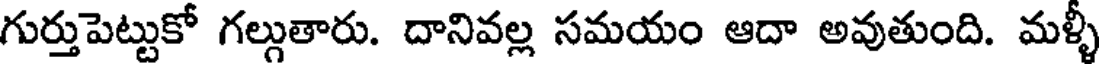
గుర్తుపెట్టుకో గల్గుతారు. దానివల్ల సమయం ఆదా అవుతుంది. మళ్ళీ